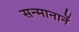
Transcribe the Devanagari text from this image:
सन्मानानें